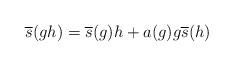
LaTeX: \begin{align*}\overline s(gh)=\overline s(g)h+a(g)g\overline s(h)\end{align*}